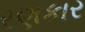
રણકાર